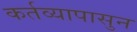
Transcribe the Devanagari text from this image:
कर्तव्यापासुन